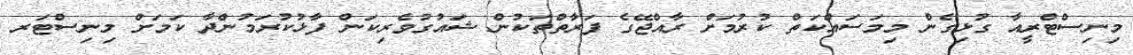
މިނިސްޓްރީއާ ގުޅިގެން މިމަސައްކަތް ކުރުމަށް ރާއްޖޭގެ ފަރާތްތަކުން ޝައުގުވެރިކަން ފާޅުކުރަމުންދާ ކަމަށް މިނިސްޓަރ